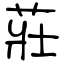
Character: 莊